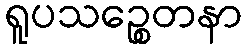
ရူပသဉ္စေတနာ